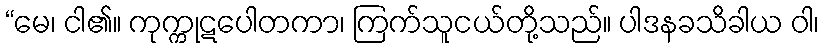
“မေ၊ ငါ၏။ ကုက္ကုဋပေါတကာ၊ ကြက်သူငယ်တို့သည်။ ပါဒနခသိခါယ ဝါ၊